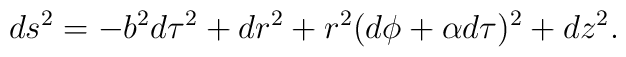
ds^2=-b^2 d\tau^2 + dr^2 + r^2(d\phi + \alpha d\tau)^2 + dz^2\space.